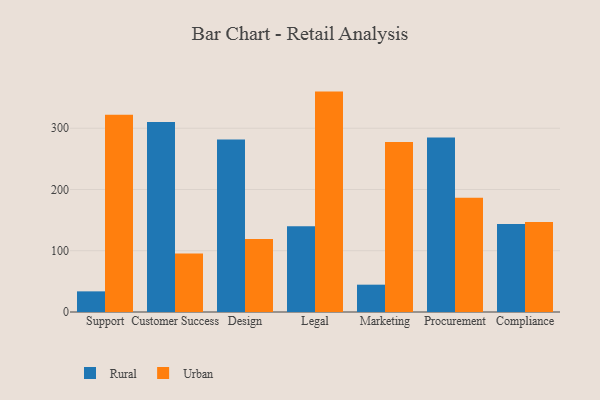
{"axis": {"x": "Department", "y": "Budget (USD K)"}, "legend": ["Rural", "Urban"], "data": [{"x": "Support", "y": 33.7, "type": "Rural"}, {"x": "Support", "y": 322.0, "type": "Urban"}, {"x": "Customer Success", "y": 310.1, "type": "Rural"}, {"x": "Customer Success", "y": 95.4, "type": "Urban"}, {"x": "Design", "y": 281.4, "type": "Rural"}, {"x": "Design", "y": 119.2, "type": "Urban"}, {"x": "Legal", "y": 139.9, "type": "Rural"}, {"x": "Legal", "y": 359.8, "type": "Urban"}, {"x": "Marketing", "y": 44.6, "type": "Rural"}, {"x": "Marketing", "y": 277.4, "type": "Urban"}, {"x": "Procurement", "y": 285.0, "type": "Rural"}, {"x": "Procurement", "y": 186.6, "type": "Urban"}, {"x": "Compliance", "y": 143.8, "type": "Rural"}, {"x": "Compliance", "y": 146.8, "type": "Urban"}]}